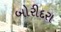
બોરીદરા